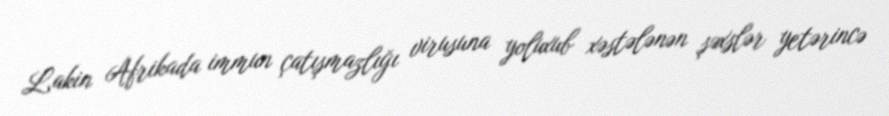
Lakin Afrikada immun çatışmazlığı virusuna yoluxub xəstələnən şəxslər yetərincə